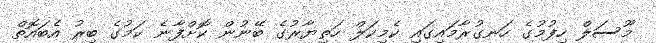
މޫސަލް ހިފުމުގެ ހަނގުރާމައިގައި ކެމިކަލް ހަތިޔާރުގެ ބޭނުން ކޮށްފާނެ ކަމުގެ ބިރު އެބައޮތް